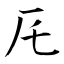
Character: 厇